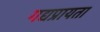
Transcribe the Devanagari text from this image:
गद्यप्रायता